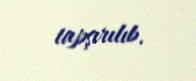
tapşırılıb.